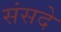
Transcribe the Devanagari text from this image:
संसदे